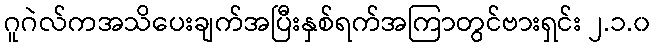
ဂူဂဲလ်ကအသိပေးချက်အပြီးနှစ်ရက်အကြာတွင်ဗားရှင်း ၂.၁.၀